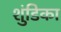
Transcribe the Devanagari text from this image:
शुंडिका